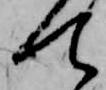
て